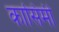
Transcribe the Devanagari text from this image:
कासिमी